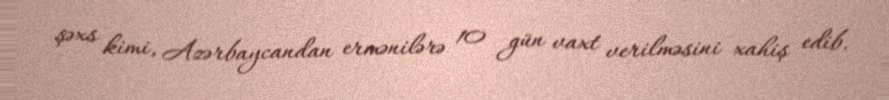
şəxs kimi, Azərbaycandan ermənilərə 10 gün vaxt verilməsini xahiş edib.